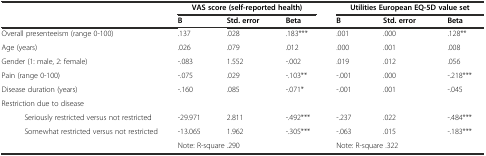
| <COLSPAN=2>  | <COLSPAN=3> VAS score (self-reported health) | <COLSPAN=3> Utilities European EQ-5D value set |
 | <COLSPAN=2>  | B | Std. error | Beta | B | Std. error | Beta |
 | --- | --- | --- | --- | --- | --- | --- | --- |
 | <COLSPAN=2> Overall presenteeism (range 0-100) | .137 | .028 | .183*** | .001 | .000 | .128** |
 | <COLSPAN=2> Age (years) | .026 | .079 | .012 | .000 | .001 | .008 |
 | <COLSPAN=2> Gender (1: male, 2: female) | -.083 | 1.552 | -.002 | .019 | .012 | .056 |
 | <COLSPAN=2> Pain (range 0-100) | -.075 | .029 | -.103** | -.001 | .000 | -.218*** |
 | <COLSPAN=2> Disease duration (years) | -.160 | .085 | -.071* | -.001 | .001 | -.045 |
 | <COLSPAN=2> Restriction due to disease |  |  |  |  |  |  |
 |  | Seriously restricted versus not restricted | -29.971 | 2.811 | -.492*** | -.237 | .022 | -.484*** |
 |  | Somewhat restricted versus not restricted | -13.065 | 1.962 | -.305*** | -.063 | .015 | -.183*** |
 | <COLSPAN=2>  | <COLSPAN=3> Note: R-square .290 | <COLSPAN=3> Note: R-square .322 |